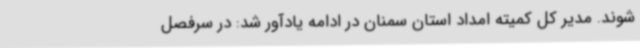
شوند. مدیر کل کمیته امداد استان سمنان در ادامه یادآور شد: در سرفصل